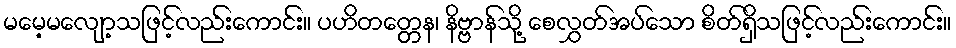
မမေ့မလျော့သဖြင့်လည်းကောင်း။ ပဟိတတ္တေန၊ နိဗ္ဗာန်သို့ စေလွှတ်အပ်သော စိတ်ရှိသဖြင့်လည်းကောင်း။